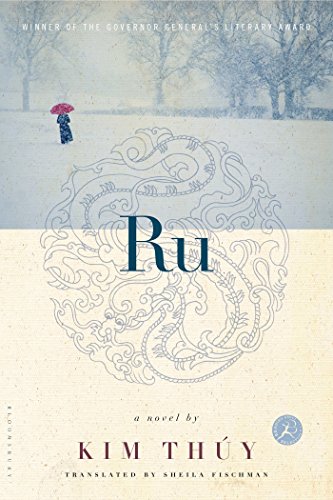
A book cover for Ru: A Novel; Kim ThÃºy; Literature & Fiction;